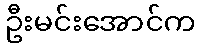
ဦးမင်းအောင်က